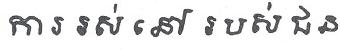
ការ រស់ នៅ របស់ជន